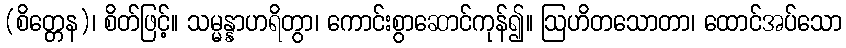
(စိတ္တေန)၊ စိတ်ဖြင့်။ သမ္မန္နာဟရိတွာ၊ ကောင်းစွာဆောင်ကုန်၍။ ဩဟိတသောတာ၊ ထောင်အပ်သော